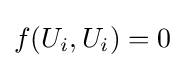
f(U_{i},U_{i})=0